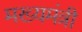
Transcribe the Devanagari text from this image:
मख्यमंत्री